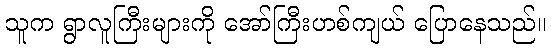
သူက ရွာလူကြီးများကို အော်ကြီးဟစ်ကျယ် ပြောနေသည်။